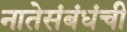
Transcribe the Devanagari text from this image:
नातेसंबंधंची